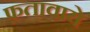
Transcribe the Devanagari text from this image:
फ़तावाये